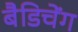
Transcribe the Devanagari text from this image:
बैडिचेंग